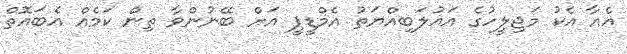
އެއާ އެކު މަޖިލީހުގެ އަޣުލަބިއްޔަތު އެމްޑީޕީ އަށް ބޭނުންވާ ތިން ކަމެއް އެބައޮތް